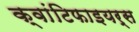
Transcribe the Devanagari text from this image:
क्वांटिफाइयर्स